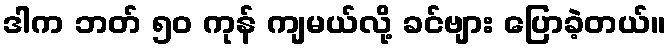
ဒါက ဘတ် ၅၀ ကုန် ကျမယ်လို့ ခင်ဗျား ပြောခဲ့တယ်။